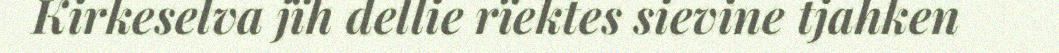
Kirkeselva jïh dellie rïektes sievine tjahken